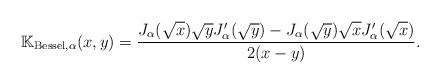
LaTeX: \begin{align*}\mathbb K_{\operatorname{Bessel},\alpha}(x,y)= \frac{ J_{\alpha}(\sqrt{x}) \sqrt{y} J_{\alpha}'(\sqrt{y}) - J_{\alpha}(\sqrt{y}) \sqrt{x} J_{\alpha}'(\sqrt{x}) }{ 2 (x-y)}.\end{align*}